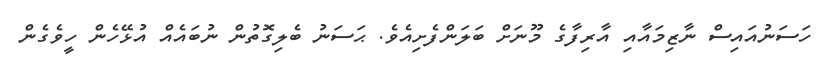
ހަސަނުއައިސް ނާޒިމައާއި އާރިފާގެ މޫނަށް ބަލަންފެށިއެވެ. ޙަސަނު ބެލިގޮތުން ނުބައެއް އުޅޭހެން ހީވެގެން